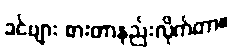
ခင်ဗျား စားတာနည်းလိုက်တာ။